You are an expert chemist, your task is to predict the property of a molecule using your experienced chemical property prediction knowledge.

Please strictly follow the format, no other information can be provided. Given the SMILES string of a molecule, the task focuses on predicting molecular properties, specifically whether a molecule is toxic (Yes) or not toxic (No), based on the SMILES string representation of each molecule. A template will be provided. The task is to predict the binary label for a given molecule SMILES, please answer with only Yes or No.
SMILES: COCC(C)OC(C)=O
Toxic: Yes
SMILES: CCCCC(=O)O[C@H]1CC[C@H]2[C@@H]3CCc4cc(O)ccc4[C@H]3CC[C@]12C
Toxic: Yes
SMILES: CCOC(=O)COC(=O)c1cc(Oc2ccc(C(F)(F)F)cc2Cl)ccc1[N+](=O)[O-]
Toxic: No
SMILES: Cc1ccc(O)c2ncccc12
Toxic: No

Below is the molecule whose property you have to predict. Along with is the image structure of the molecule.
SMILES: O=C1Nc2ccccc2C1=O
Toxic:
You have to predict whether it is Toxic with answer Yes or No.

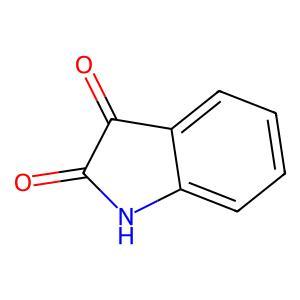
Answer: No